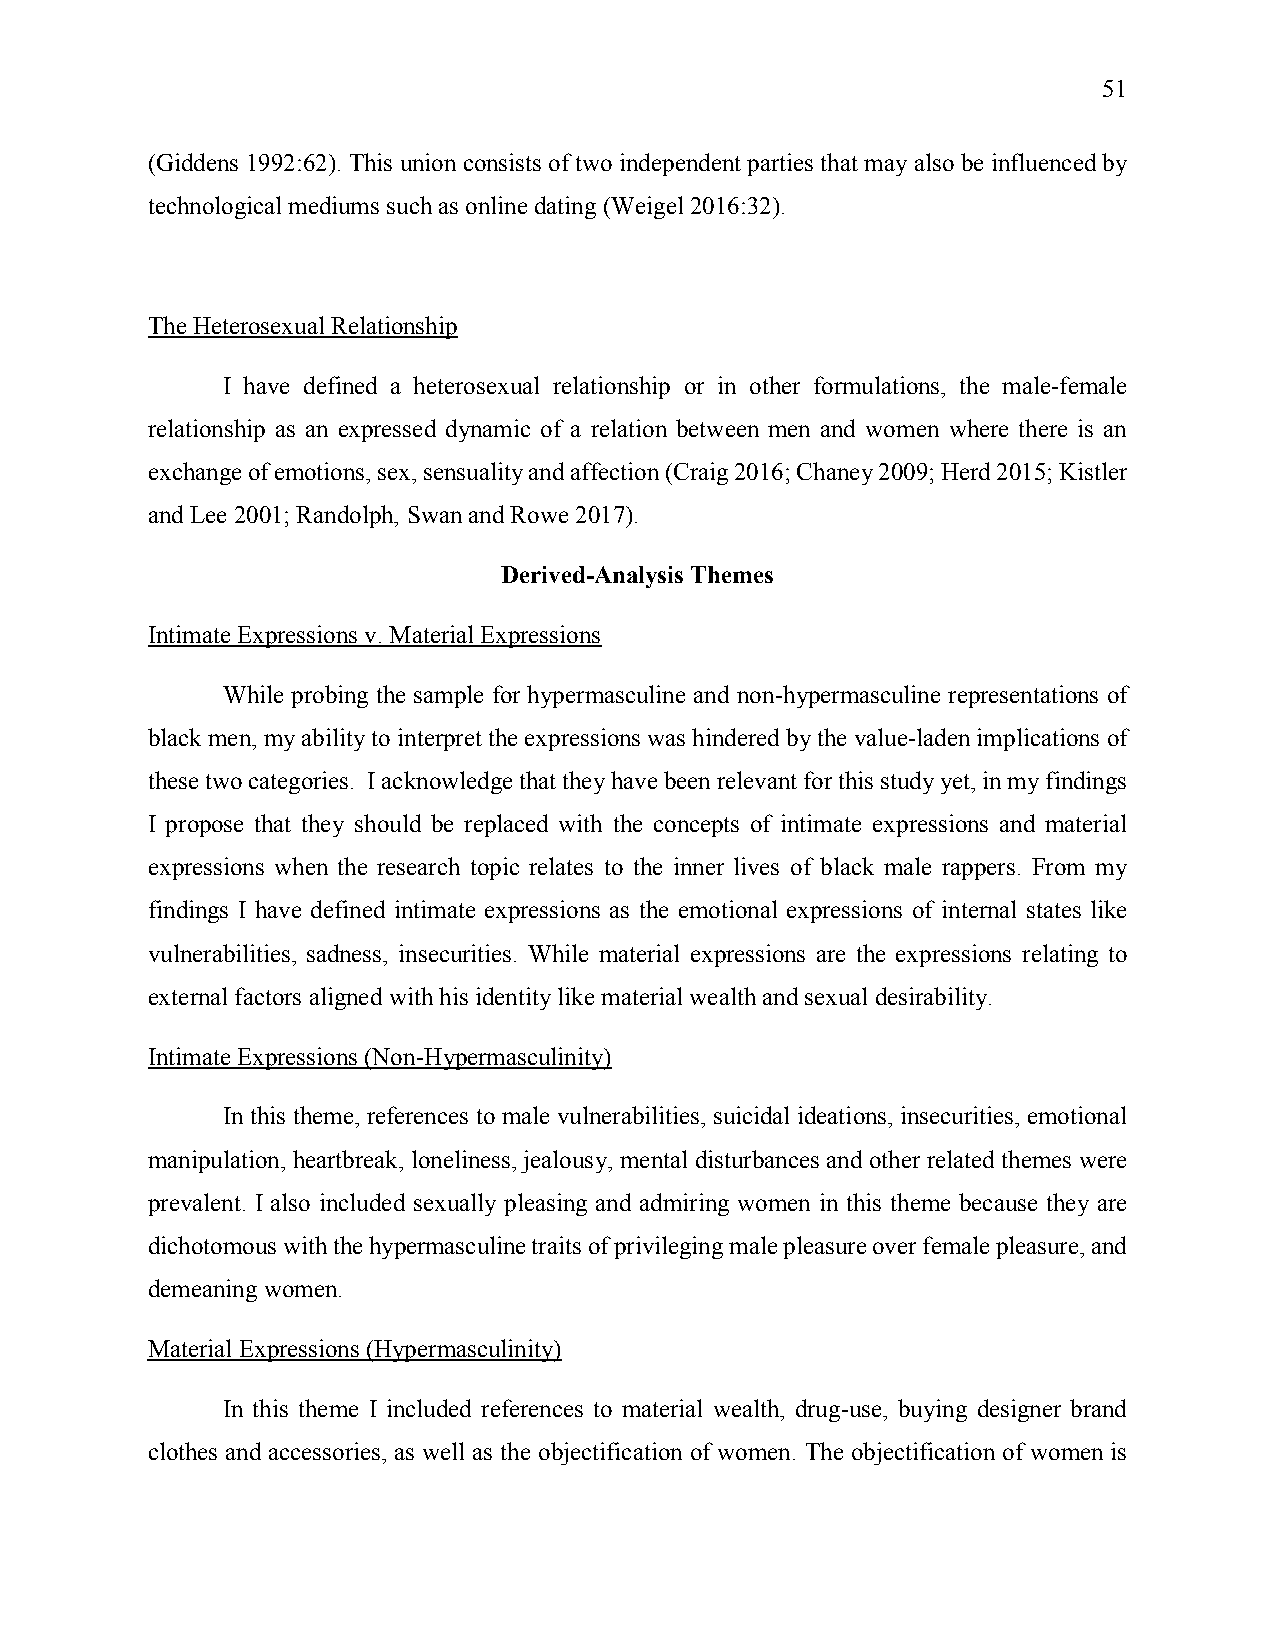
51
 (Giddens 1992:62). This union consists of two independent parties that may also be influenced by
 technological mediums such as online dating (Weigel 2016:32).
 The Heterosexual Relationship
 I have defined a heterosexual relationship or in other formulations, the male-female
 relationship as an expressed dynamic of a relation between men and women where there is an
 exchange of emotions, sex, sensuality and affection (Craig 2016; Chaney 2009; Herd 2015; Kistler
 and Lee 2001; Randolph, Swan and Rowe 2017).
 Derived-Analysis Themes
 Intimate Expressions v. Material Expressions
 While probing the sample for hypermasculine and non-hypermasculine representations of
 black men, my ability to interpret the expressions was hindered by the value-laden implications of
 these two categories. I acknowledge that they have been relevant for this study yet, in my findings
 I propose that they should be replaced with the concepts of intimate expressions and material
 expressions when the research topic relates to the inner lives of black male rappers. From my
 findings I have defined intimate expressions as the emotional expressions of internal states like
 vulnerabilities, sadness, insecurities. While material expressions are the expressions relating to
 external factors aligned with his identity like material wealth and sexual desirability.
 Intimate Expressions (Non-Hypermasculinity)
 In this theme, references to male vulnerabilities, suicidal ideations, insecurities, emotional
 manipulation, heartbreak, loneliness, jealousy, mental disturbances and other related themes were
 prevalent. I also included sexually pleasing and admiring women in this theme because they are
 dichotomous with the hypermasculine traits of privileging male pleasure over female pleasure, and
 demeaning women.
 Material Expressions (Hypermasculinity)
 In this theme I included references to material wealth, drug-use, buying designer brand
 clothes and accessories, as well as the objectification of women. The objectification of women is